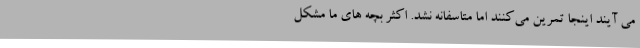
می آیند اینجا تمرین می‌کنند اما متاسفانه نشد. اکثر بچه های ما مشکل